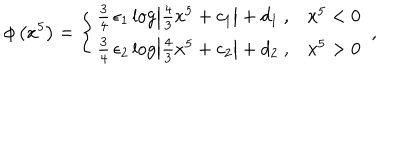
LaTeX: \phi \left( x ^ { 5 } \right) = \left\{ \begin{array} { l l } { { \frac { 3 } { 4 } \, \epsilon _ { 1 } \log \left| \frac { 4 } { 3 } x ^ { 5 } + c _ { 1 } \right| + d _ { 1 } \ , } } & { { x ^ { 5 } < 0 } } \\ { { \frac { 3 } { 4 } \, \epsilon _ { 2 } \log \left| \frac { 4 } { 3 } x ^ { 5 } + c _ { 2 } \right| + d _ { 2 } \ , } } & { { x ^ { 5 } > 0 } } \\ \end{array} \right. \ ,